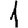
Digit: 1